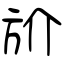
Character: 斺